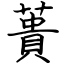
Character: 蕢